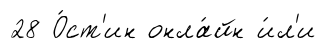
28 О́ст'ин онла́йн и́л'и